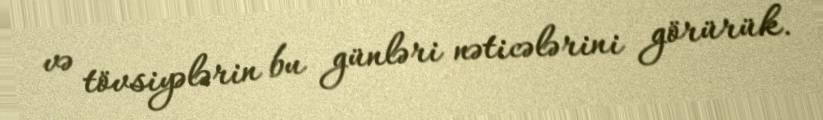
və tövsiyələrin bu günləri nəticələrini görürük.